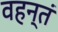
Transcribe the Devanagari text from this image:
वहन्तं